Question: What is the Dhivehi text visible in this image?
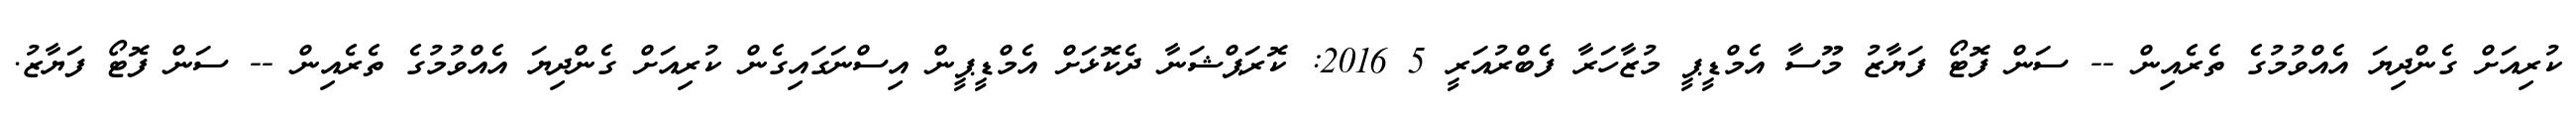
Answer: ކުރިއަށް ގެންދިޔަ އެއްވުމުގެ ތެރެއިން -- ސަން ފޮޓޯ ފަޔާޒު މޫސާ އެމްޑީޕީ މުޒާހަރާ ފެބްރުއަރީ 5 2016: ކޮރަޕްޝަނާ ދެކޮޅަށް އެމްޑީޕީން އިސްނަގައިގެން ކުރިއަށް ގެންދިޔަ އެއްވުމުގެ ތެރެއިން -- ސަން ފޮޓޯ ފަޔާޒު.